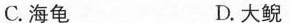
C.海龟 D.大鲵